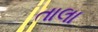
તાલા